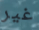
غير